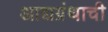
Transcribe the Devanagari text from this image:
आद्यग्रंथाची